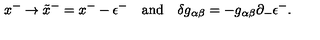
x ^ { - } \rightarrow \tilde { x } ^ { - } = x ^ { - } - \epsilon ^ { - } \quad \mathrm { a n d } \quad \delta g _ { \alpha \beta } = - g _ { \alpha \beta } \partial _ { - } \epsilon ^ { - } .